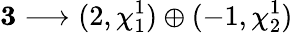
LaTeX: {\mathbf 3}\longrightarrow(2,\chi_{1}^{1})\oplus(-1,\chi_{2}^{1})